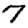
Digit: 7